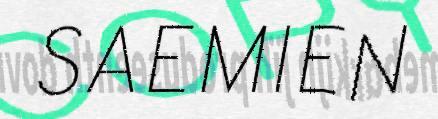
SAEMIEN